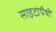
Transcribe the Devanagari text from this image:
साइटोपैथी